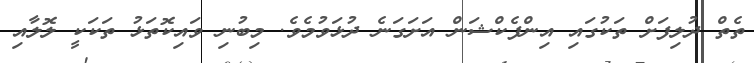
ތެތް ދުލިފަށް ތަކުގައި އިންފެކްޝަން އަށަގަނެ ދުޅަވުމެވެ. މިބުނި ވައިކޮތަޅު ތަކަކީ ލޮލާއި